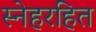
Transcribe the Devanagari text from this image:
स्नेहरहित